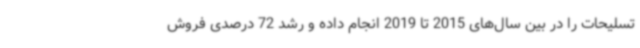
تسلیحات را در بین سال‌های 2015 تا 2019 انجام داده و رشد 72 درصدی فروش